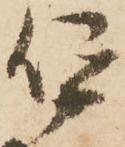
仰